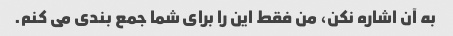
به آن اشاره نکن، من فقط این را برای شما جمع بندی می کنم.